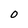
Character: 0